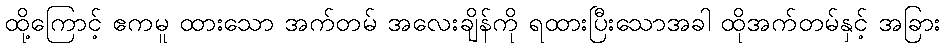
ထို့ကြောင့် ဧကမူ ထားသော အက်တမ် အလေးချိန်ကို ရထားပြီးသောအခါ ထိုအက်တမ်နှင့် အခြား